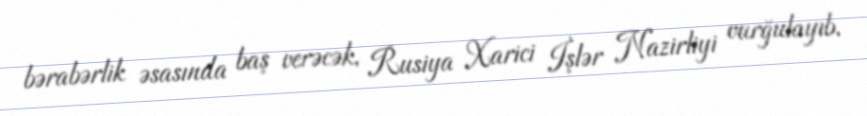
bərabərlik əsasında baş verəcək, Rusiya Xarici İşlər Nazirliyi vurğulayıb.